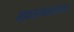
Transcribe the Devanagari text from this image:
ब्रह्मराक्षसजन्म